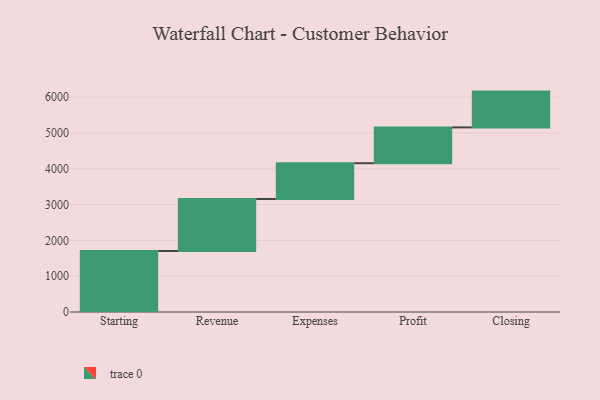
{"axis": {"x": "Step", "y": "Value"}, "legend": [""], "data": [{"x": "Starting", "y": 1704.0, "type": ""}, {"x": "Revenue", "y": 1452.0, "type": ""}, {"x": "Expenses", "y": 1000, "type": ""}, {"x": "Profit", "y": 1000, "type": ""}, {"x": "Closing", "y": 1000, "type": ""}]}